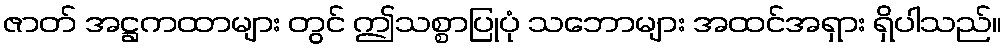
ဇာတ် အဋ္ဌကထာများ တွင် ဤသစ္စာပြုပုံ သဘောများ အထင်အရှား ရှိပါသည်။